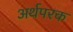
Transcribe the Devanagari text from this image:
अर्थपरक